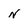
Character: n